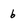
Character: 6